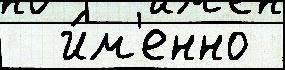
  и́м'енно